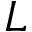
L